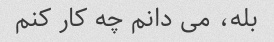
بله، می دانم چه کار کنم